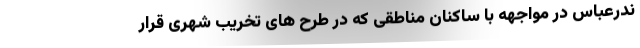
ندرعباس در مواجهه با ساکنان مناطقی که در طرح های تخریب شهری قرار